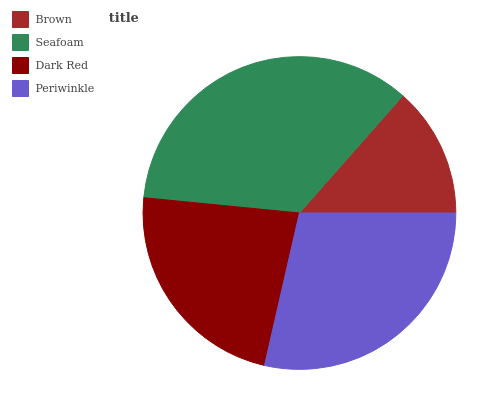
| Brown | Seafoam | Dark Red | Periwinkle |
 | --- | --- | --- | --- |
 | 13.5% | 35% | 22.9% | 28.6% |